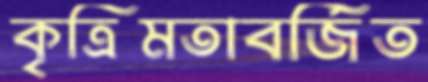
কৃত্রিমতাবর্জিত